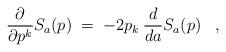
LaTeX: \begin{align*}\frac{\partial}{\partial p^k} S_{a}(p) \;=\; -2p_k \:\frac{d}{da} S_a(p) \;\;\; ,\end{align*}